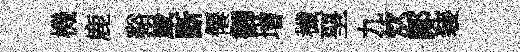
機鹿谿嵗㫁僊御增穢堊九炊郞装